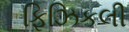
ફિઝિકલી